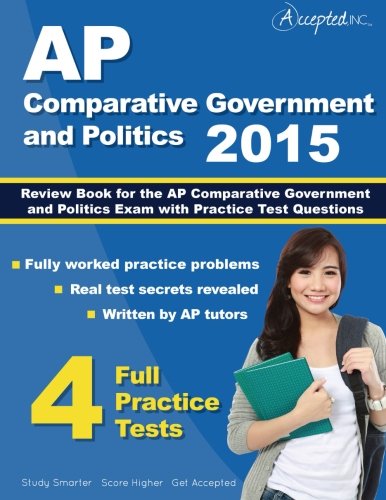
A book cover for AP Comparative Government and Politics 2015: Review Book for AP Comparative Government and Politics  Exam with Practice Test Questions; AP Comparative Government Team; Law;